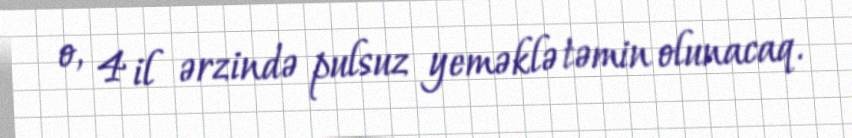
o, 4 il ərzində pulsuz yeməklə təmin olunacaq.